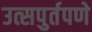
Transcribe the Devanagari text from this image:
उत्सपुर्तपणे